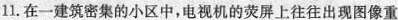
11.在一建筑密集的小区中，电视机的荧屏上往往出现图像重